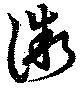
微